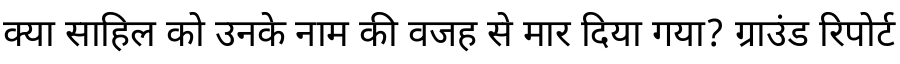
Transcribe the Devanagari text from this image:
क्या साहिल को उनके नाम की वजह से मार दिया गया? ग्राउंड रिपोर्ट